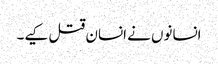
انسانوں نے انسان قتل کیے۔